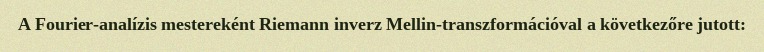
A Fourier-analízis mestereként Riemann inverz Mellin-transzformációval a következőre jutott: